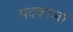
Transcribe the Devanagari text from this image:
पदकाला